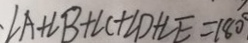
\angle A + \angle B + \angle C + \angle D + \angle E = 1 8 0 ^ { \circ }